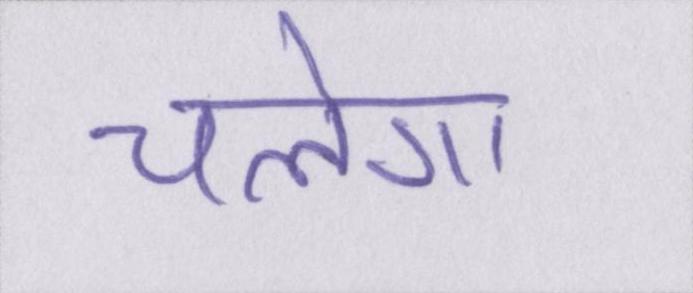
चलेगा